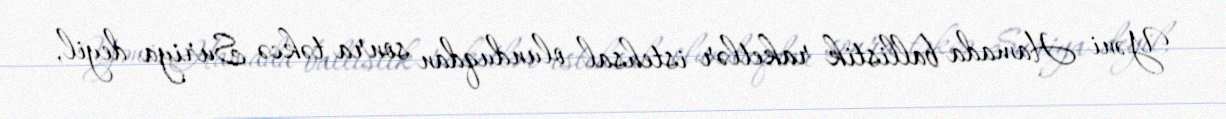
Yəni Hamada ballistik raketlər istehsal olunduqdan sonra təkcə Suriya deyil,